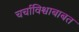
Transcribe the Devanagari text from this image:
चर्चाविश्वाबाबत